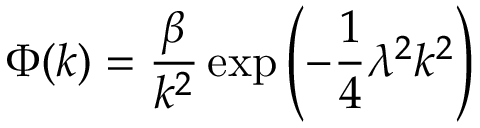
\Phi ( k ) = \frac { \beta } { k ^ { 2 } } \exp \left( - \frac { 1 } { 4 } \lambda ^ { 2 } k ^ { 2 } \right)